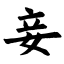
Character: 妾